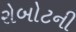
રોબોટની